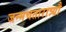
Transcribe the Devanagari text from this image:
जन्मचतारात्र्यौ